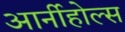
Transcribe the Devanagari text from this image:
आर्नीहोल्स